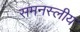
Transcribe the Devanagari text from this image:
समनस्लीय